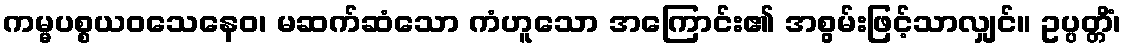
ကမ္မပစ္စယဝသေနေဝ၊ မဆက်ဆံသော ကံဟူသော အကြောင်း၏ အစွမ်းဖြင့်သာလျှင်။ ဥပ္ပတ္တိံ၊